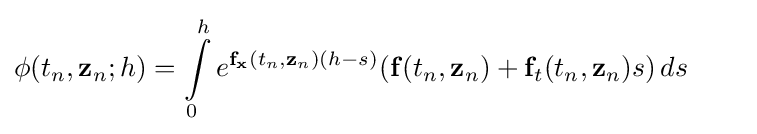
\mathbf {\phi } (t_{n},\mathbf {z} _{n};h)=\int \limits _{0}^{h}e^{\mathbf {f} _{\mathbf {x} }(t_{n},\mathbf {z} _{n})(h-s)}(\mathbf {f} (t_{n},\mathbf {z} _{n})+\mathbf {f} _{t}(t_{n},\mathbf {z} _{n})s)\,ds\qquad